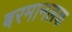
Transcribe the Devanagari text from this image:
बरमानलक